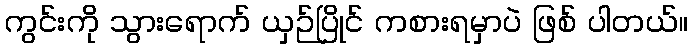
ကွင်းကို သွားရောက် ယှဉ်ပြိုင် ကစားရမှာပဲ ဖြစ် ပါတယ်။